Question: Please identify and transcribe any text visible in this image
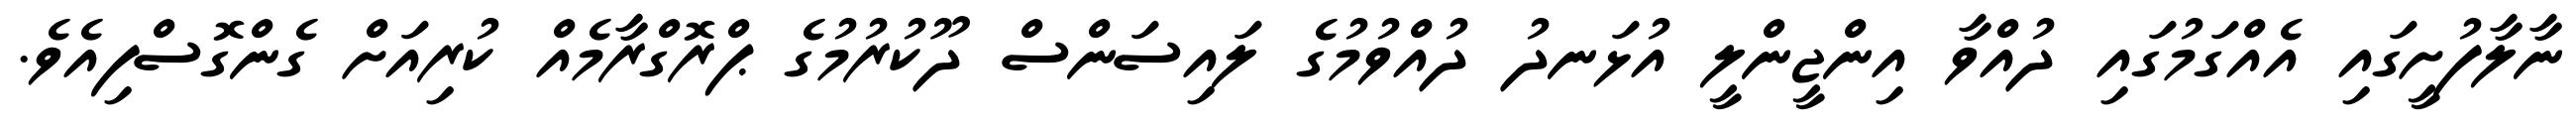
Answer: ނާލާފުށީގައި އެއްގަމުގައި ދުއްވާ އިންޖީންލީ އުޅަނދު ދުއްވުމުގެ ލައިސަންސް ދޫކުރުމުގެ ޕްރޮގްރާމެއް ކުރިއަށް ގެންގޮސްފިއެވެ.